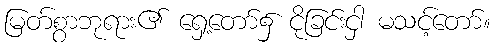
မြတ်စွာဘုရား၏ ရှေ့တော်၌ ငိုခြင်းငှါ မသင့်တော်။